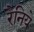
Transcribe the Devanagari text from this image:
रैनिये